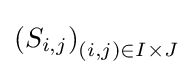
\left(S_{i,j}\right)_{(i,j)\in I\times J}